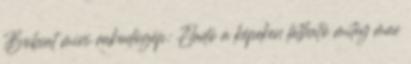
Bobcat mini rakodógép: Eladó a képeken látható mitey mac